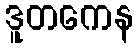
ဒူတကေန